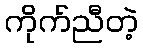
ကိုက်ညီတဲ့